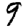
Digit: 9